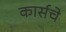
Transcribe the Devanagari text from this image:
कार्सचे